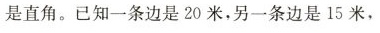
是直角。已知一条边是20米。另一条边是15米，